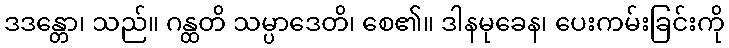
ဒဒန္တော၊ သည်။ ဂန္ထတိ သမ္ပာဒေတိ၊ စေ၏။ ဒါနမုခေန၊ ပေးကမ်းခြင်းကို